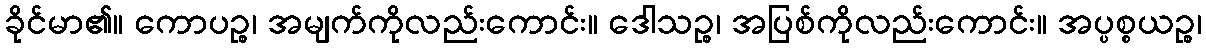
ခိုင်မာ၏။ ကောပဉ္စ၊ အမျက်ကိုလည်းကောင်း။ ဒေါသဉ္စ၊ အပြစ်ကိုလည်းကောင်း။ အပ္ပစ္စယဉ္စ၊